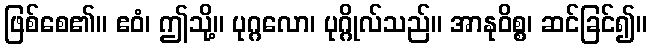
ဖြစ်စေ၏။ ဧဝံ၊ ဤသို့။ ပုဂ္ဂလော၊ ပုဂ္ဂိုလ်သည်။ အာနုဝိစ္စ၊ ဆင်ခြင်၍။